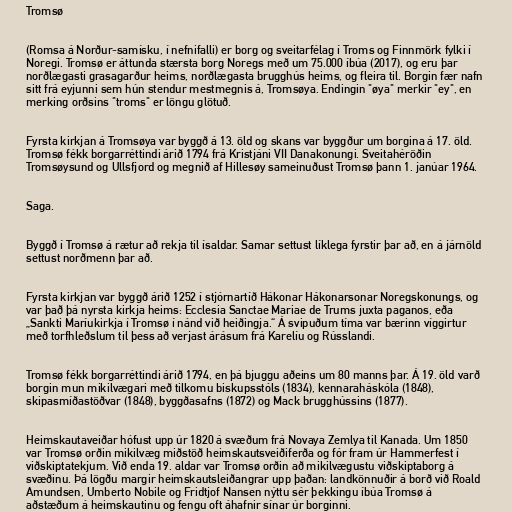
Tromsø

(Romsa á Norður-samísku, í nefnifalli) er borg og sveitarfélag í Troms og Finnmörk fylki í
Noregi. Tromsø er áttunda stærsta borg Noregs með um 75.000 íbúa (2017), og eru þar
norðlægasti grasagarður heims, norðlægasta brugghús heims, og fleira til. Borgin fær nafn
sitt frá eyjunni sem hún stendur mestmegnis á, Tromsøya. Endingin "øya" merkir "ey", en
merking orðsins "troms" er löngu glötuð.

Fyrsta kirkjan á Tromsøya var byggð á 13. öld og skans var byggður um borgina á 17. öld.
Tromsø fékk borgarréttindi árið 1794 frá Kristjáni VII Danakonungi. Sveitahéröðin
Tromsøysund og Ullsfjord og megnið af Hillesøy sameinuðust Tromsø þann 1. janúar 1964.

Saga.

Byggð í Tromsø á rætur að rekja til ísaldar. Samar settust líklega fyrstir þar að, en á járnöld
settust norðmenn þar að.

Fyrsta kirkjan var byggð árið 1252 í stjórnartíð Hákonar Hákonarsonar Noregskonungs, og
var það þá nyrsta kirkja heims: Ecclesia Sanctae Mariae de Trums juxta paganos, eða
„Sankti Maríukirkja í Tromsø í nánd við heiðingja.“ Á svipuðum tíma var bærinn víggirtur
með torfhleðslum til þess að verjast árásum frá Karelíu og Rússlandi.

Tromsø fékk borgarréttindi árið 1794, en þá bjuggu aðeins um 80 manns þar. Á 19. öld varð
borgin mun mikilvægari með tilkomu biskupsstóls (1834), kennaraháskóla (1848),
skipasmíðastöðvar (1848), byggðasafns (1872) og Mack brugghússins (1877).

Heimskautaveiðar hófust upp úr 1820 á svæðum frá Novaya Zemlya til Kanada. Um 1850
var Tromsø orðin mikilvæg miðstöð heimskautsveiðiferða og fór fram úr Hammerfest í
viðskiptatekjum. Við enda 19. aldar var Tromsø orðin að mikilvægustu viðskiptaborg á
svæðinu. Þá lögðu margir heimskautsleiðangrar upp þaðan: landkönnuðir á borð við Roald
Amundsen, Umberto Nobile og Fridtjof Nansen nýttu sér þekkingu íbúa Tromsø á
aðstæðum á heimskautinu og fengu oft áhafnir sínar úr borginni.